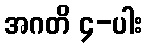
အဂတိ ၄-ပါး